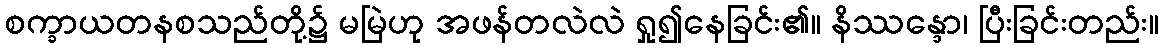
စက္ခာယတနစသည်တို့၌ မမြဲဟု အဖန်တလဲလဲ ရှု၍နေခြင်း၏။ နိဿန္ဒော၊ ပြီးခြင်းတည်း။